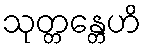
သုတ္တန္တေဟိ